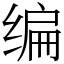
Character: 编